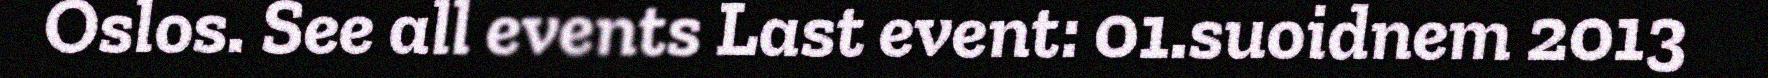
Oslos. See all events Last event: 01.suoidnem 2013